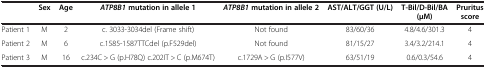
|  | Sex | Age | ATP8B1 mutation in allele 1 | ATP8B1 mutation in allele 2 | AST/ALT/GGT (U/L) | T-Bil/D-Bil/BA (μM) | Pruritus score |
 | --- | --- | --- | --- | --- | --- | --- | --- |
 | Patient 1 | M | 2 | c. 3033-3034del (Frame shift) | Not found | 83/60/36 | 4.8/4.6/301.3 | 4 |
 | Patient 2 | M | 6 | c.1585-1587TTCdel (p.F529del) | Not found | 81/15/27 | 3.4/3.2/214.1 | 4 |
 | Patient 3 | M | 16 | c.234C > G (p.H78Q) c.202IT > C (p.M674T) | c.1729A > G (p.I577V) | 63/51/19 | 0.6/0.3/54.6 | 4 |